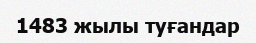
1483 жылы туғандар